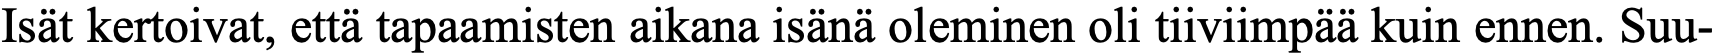
Isät kertoivat, että tapaamisten aikana isänä oleminen oli tiiviimpää kuin ennen. Suu-